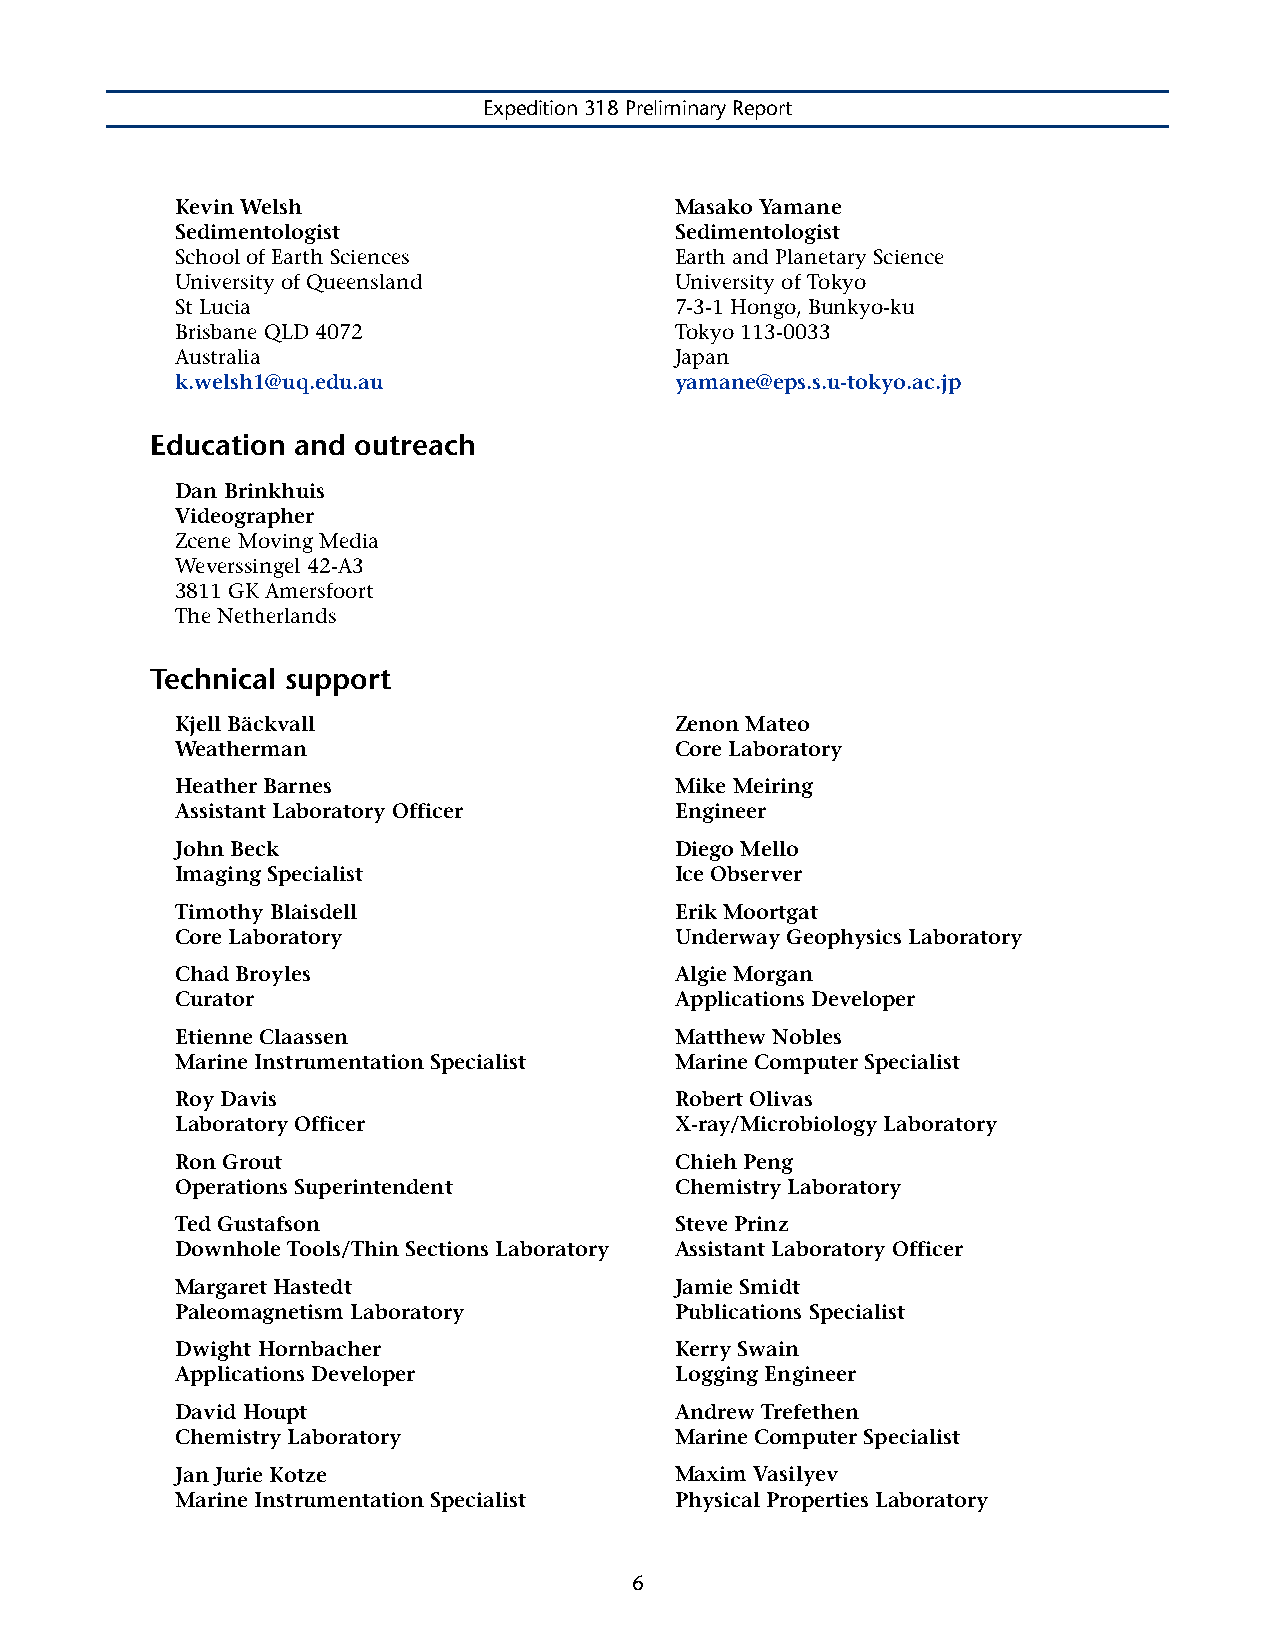
Expedition 318 Preliminary Report
 Kevin Welsh                      Masako Yamane
 Sedimentologist                  Sedimentologist
 School of Earth Sciences         Earth and Planetary Science
 University of Queensland         University of Tokyo
 St Lucia                         7-3-1 Hongo, Bunkyo-ku
 Brisbane QLD 4072                Tokyo 113-0033
 Australia                        Japan
 k.welsh1@uq.edu.au               yamane@eps.s.u-tokyo.ac.jp
 Education and outreach
 Dan Brinkhuis
 Videographer
 Zcene Moving Media
 Weverssingel 42-A3
 3811 GK Amersfoort
 The Netherlands
 Technical support
 Kjell Bäckvall                   Zenon Mateo
 Weatherman                       Core Laboratory
 Heather Barnes                   Mike Meiring
 Assistant Laboratory Officer     Engineer
 John Beck                        Diego Mello
 Imaging Specialist               Ice Observer
 Timothy Blaisdell                Erik Moortgat
 Core Laboratory                  Underway Geophysics Laboratory
 Chad Broyles                     Algie Morgan
 Curator                          Applications Developer
 Etienne Claassen                 Matthew Nobles
 Marine Instrumentation Specialist Marine Computer Specialist
 Roy Davis                        Robert Olivas
 Laboratory Officer               X-ray/Microbiology Laboratory
 Ron Grout                        Chieh Peng
 Operations Superintendent        Chemistry Laboratory
 Ted Gustafson                    Steve Prinz
 Downhole Tools/Thin Sections Laboratory Assistant Laboratory Officer
 Margaret Hastedt                 Jamie Smidt
 Paleomagnetism Laboratory        Publications Specialist
 Dwight Hornbacher                Kerry Swain
 Applications Developer           Logging Engineer
 David Houpt                      Andrew Trefethen
 Chemistry Laboratory             Marine Computer Specialist
 Jan Jurie Kotze                  Maxim Vasilyev
 Marine Instrumentation Specialist Physical Properties Laboratory
 6